Leningradi_Edasi_toimetus, lk 68
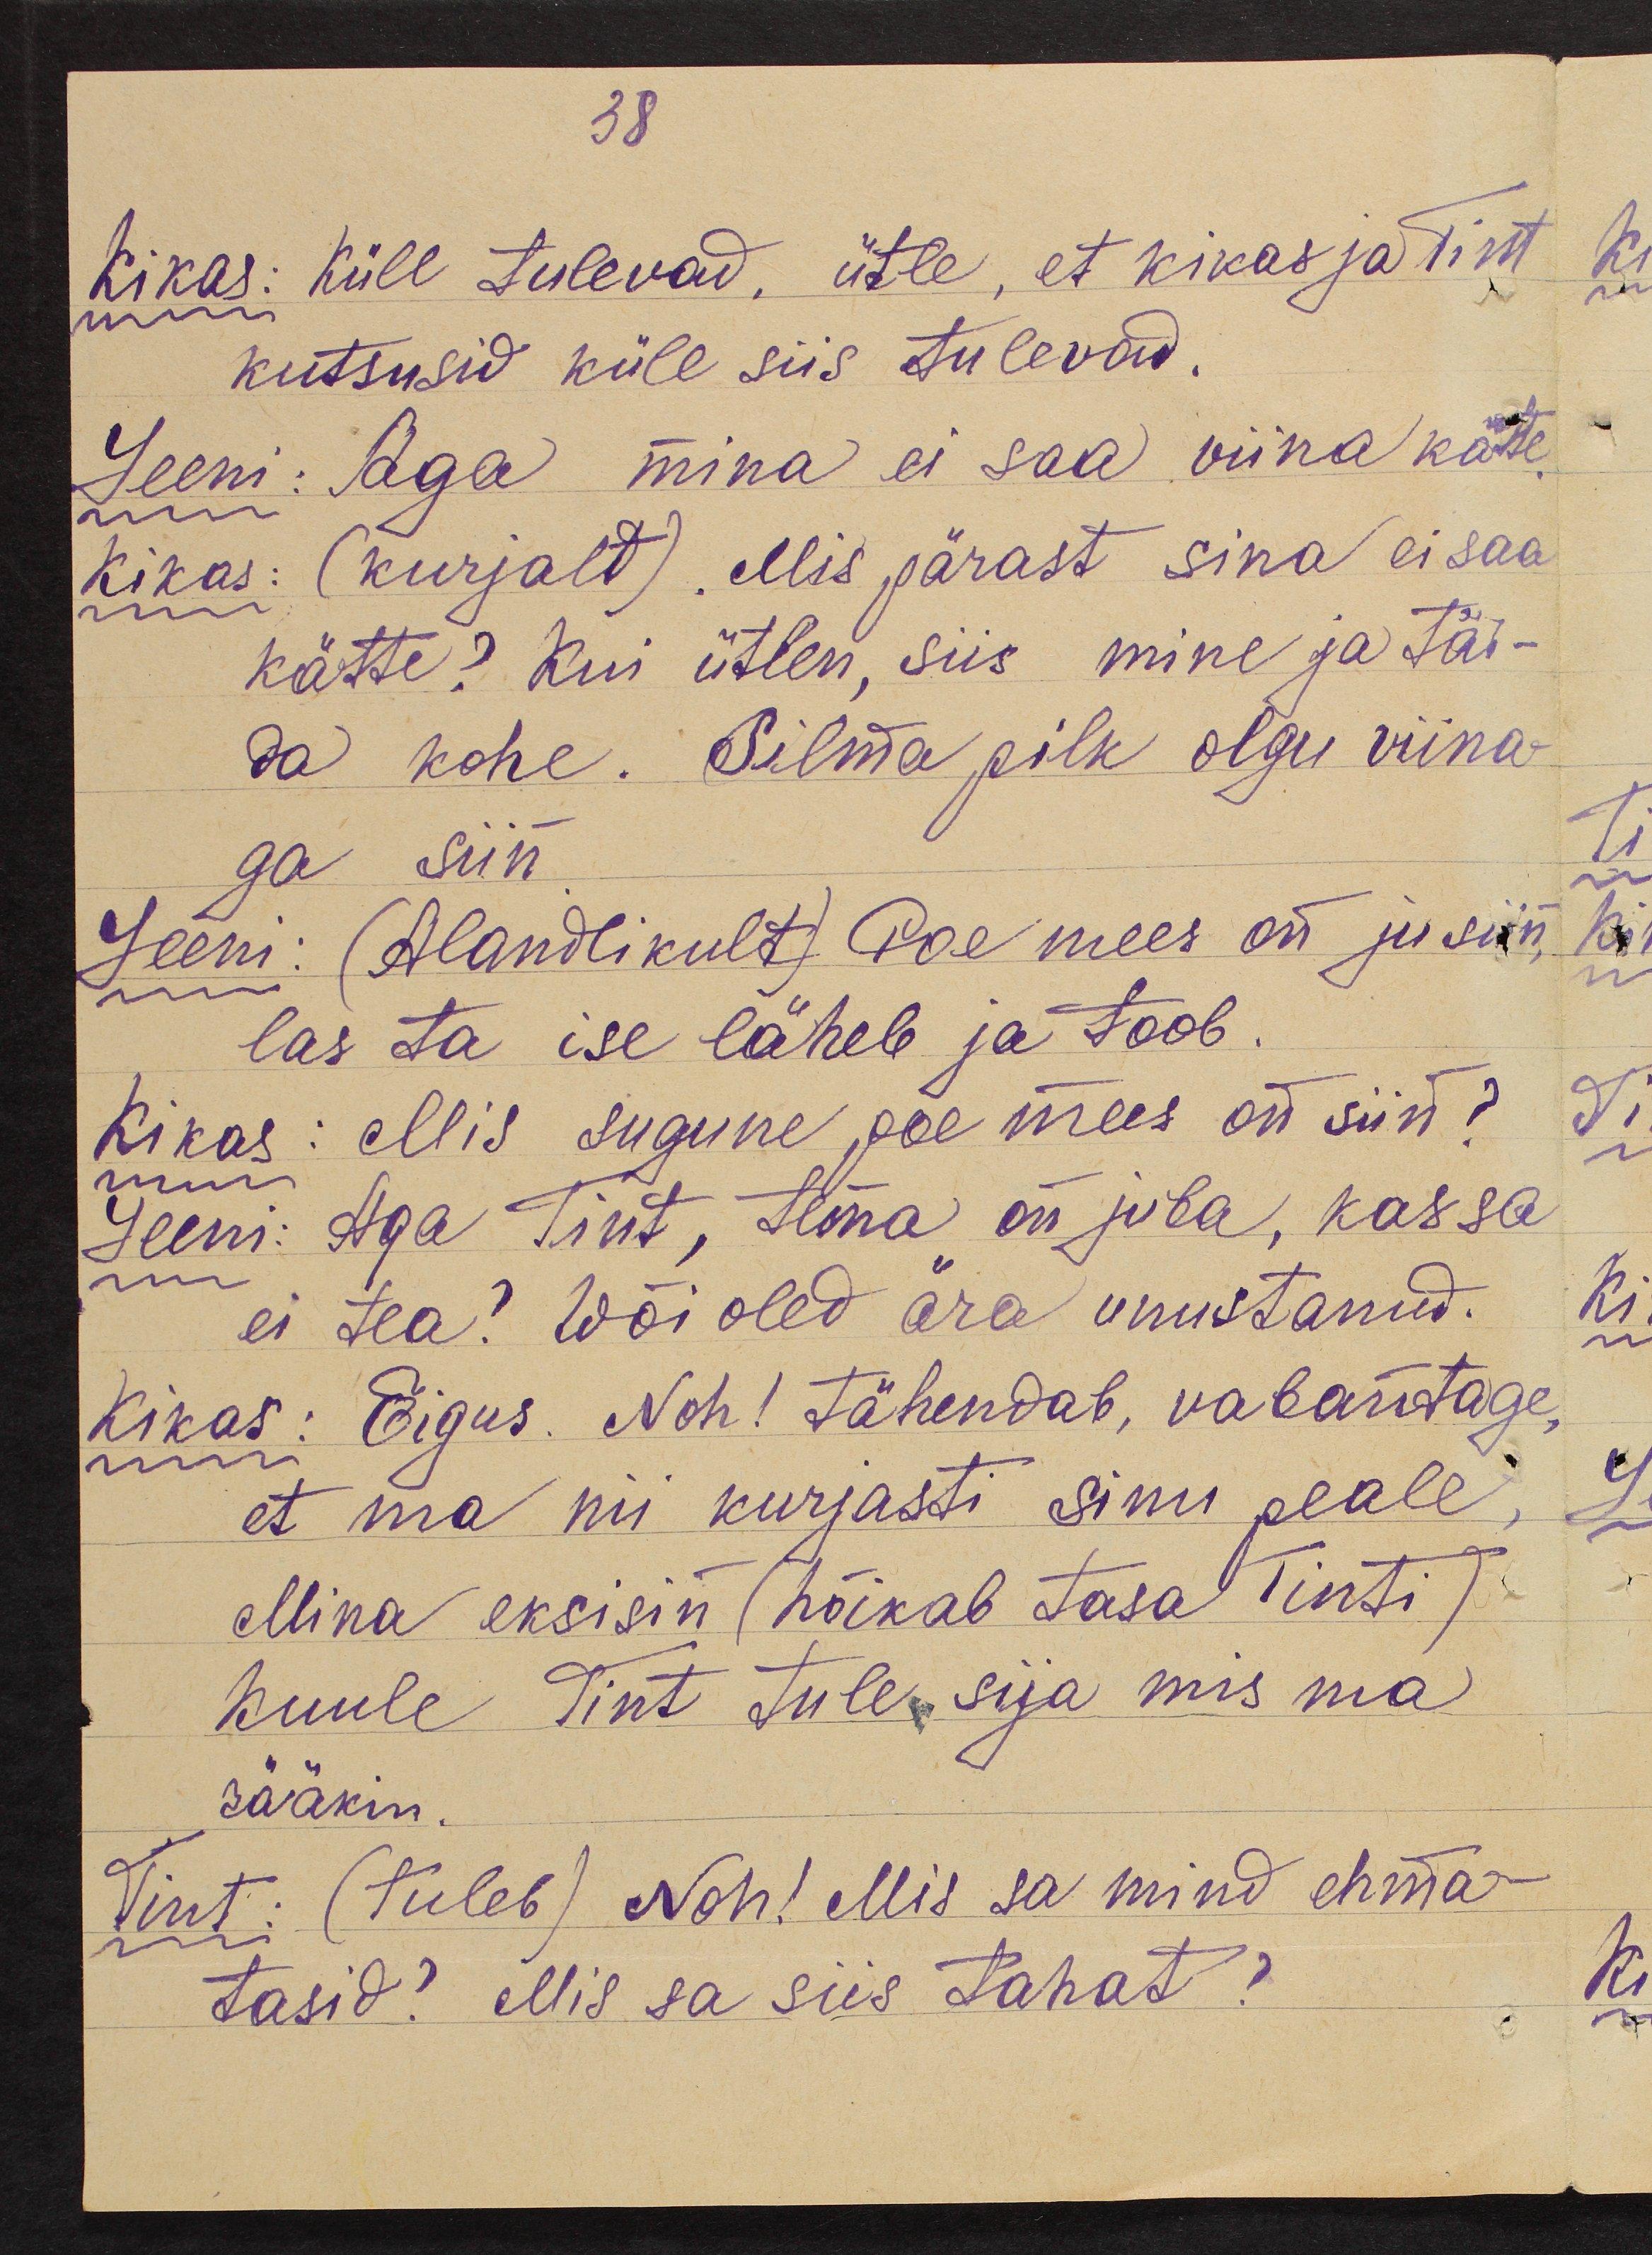
38

Kikas: Küll tulevad, ütle, et Kikas ja Tint
kutsusid küll siis tulevad.
Leeni: Aga mina ei saa viina kätte.
Kikas: (kurjalt). Mis pärast sina ei saa
kätte? Kui ütlen, siis mine ja täi-
da kohe. Silma pilk olgu viina-
ga siin.
Leeni: (Alandlikult) Poe mees on ju siin,
las ta ise läheb ja toob.
Kikas: Mis sugune poe mees on siin?
Leeni: Aga Tint, tema on juba, kas sa
ei tea? Wõi oled ära unustanud.
Kikas: Õigus. Noh! tähendab, vabantage,
et ma nii kurjasti sinu peale,
Mina eksisin (hõikab tasa Tinti)
Kuule Tint tule sija mis ma
rääkin.
Tint: (tuleb) Noh! Mis sa mind ehma-
tasid? Mis sa siis tahat?